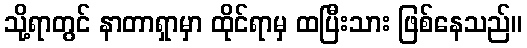
သို့ရာတွင် နာတာရှာမှာ ထိုင်ရာမှ ထပြီးသား ဖြစ်နေသည်။